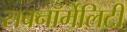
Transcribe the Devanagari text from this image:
सबनॉर्मेलिटी